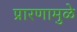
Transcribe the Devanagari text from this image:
प्रारणामुळे